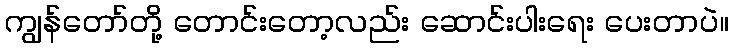
ကျွန်တော်တို့ တောင်းတော့လည်း ဆောင်းပါးရေး ပေးတာပဲ။